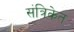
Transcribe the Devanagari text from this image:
संत्रिकेत